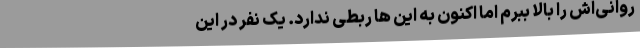
روانی‌اش را بالا ببرم اما اکنون به این ها ربطی ندارد. یک نفر در این